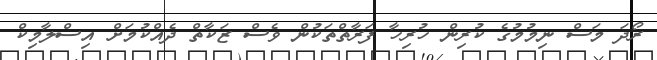
ރޯދަ މަސް ނިމުމުގެ ކުރިން ހުރިހާ ފަރާތްތަކުން ވެސް ޒަކާތް ދެއްކުމަށް އިސްލާމިކް